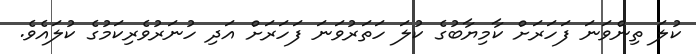
ކުލަ ތިންވަނަ ފަހަރަށް ކާމިޔާބުގެ ކުލަ ހަތަރުވަނަ ފަހަރަށް އަދި ހުނަރުވެރިކަމުގެ ކުލައެވެ.